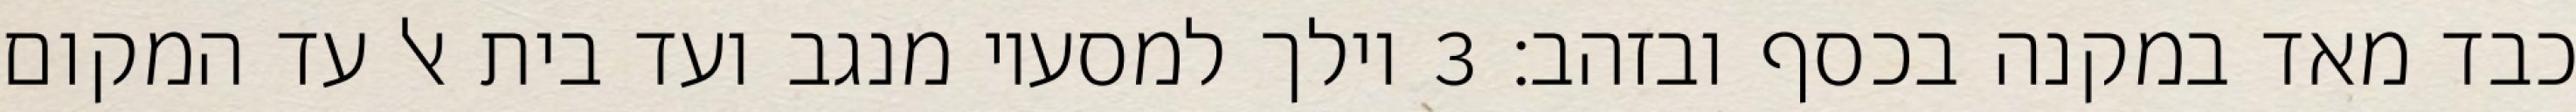
כבד מאד במקנה בכסף ובזהב׃ ‎3‏ וילך למסעיו מנגב ועד בית אל עד המקום